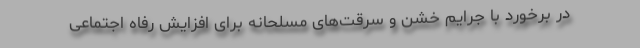
در برخورد با جرایم خشن و سرقت‌های مسلحانه برای افزایش رفاه اجتماعی